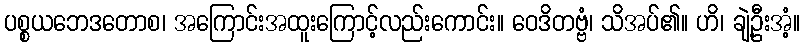
ပစ္စယဘေဒတောစ၊ အကြောင်းအထူးကြောင့်လည်းကောင်း။ ဝေဒိတဗ္ဗံ၊ သိအပ်၏။ ဟိ၊ ချဲ့ဦးအံ့။